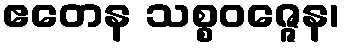
ဧတေန သစ္စဝဇ္ဇေန၊